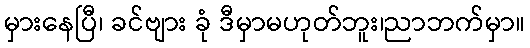
မှားနေပြီ၊ ခင်ဗျား ခုံ ဒီမှာမဟုတ်ဘူး၊ညာဘက်မှာ။